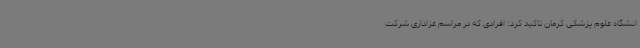
انشگاه علوم پزشکی کرمان تاکید کرد: افرادی که در مراسم عزاداری شرکت